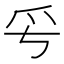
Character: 𤓳